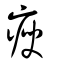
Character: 瘐